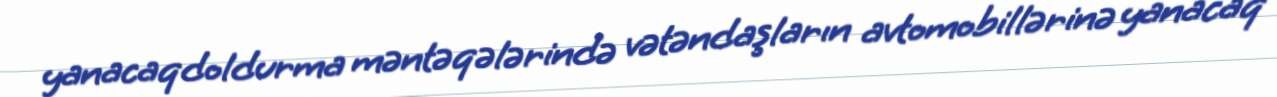
yanacaqdoldurma məntəqələrində vətəndaşların avtomobillərinə yanacaq